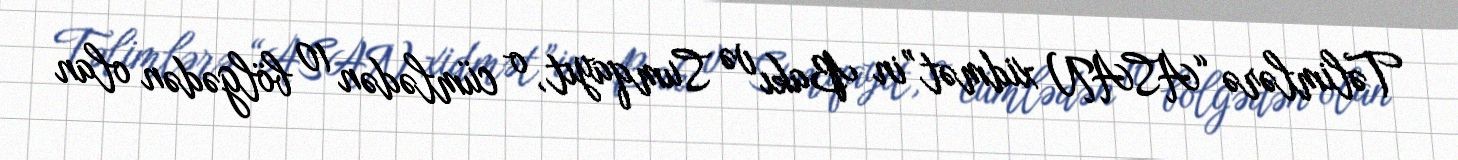
Təlimlərə “ASAN xidmət”in Bakı və Sumqayıt, o cümlədən 10 bölgədən olan